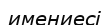
имениесі